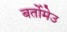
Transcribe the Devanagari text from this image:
बर्तोमेउ